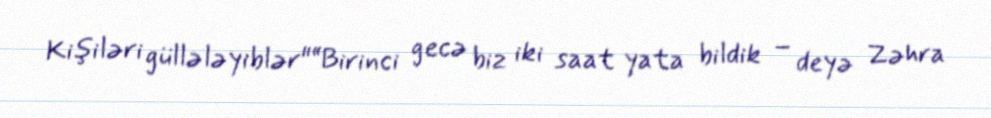
Kişiləri güllələyiblər"“Birinci gecə biz iki saat yata bildik – deyə Zəhra